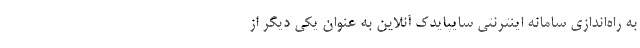
به راه‌اندازی سامانه اینترنتی سایپایدک آنلاین به عنوان یکی دیگر از